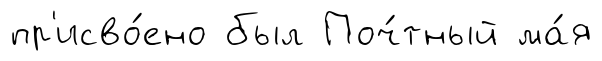
пр'исво́ено был Поч́тный ма́я